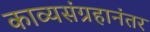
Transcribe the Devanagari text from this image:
काव्यसंग्रहानंतर